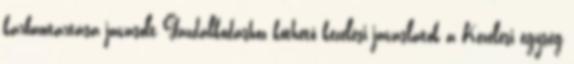
karbantartása javasolt Gazdálkodáshoz köthető kezelési javaslatok a Kezelési egység